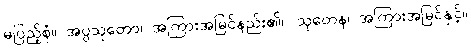
မပြည့်စုံ။ အပ္ပသုတော၊ အကြားအမြင်နည်း၏။ သုတေန၊ အကြားအမြင်နှင့်။